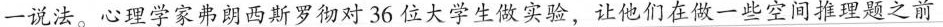
一说法。心理学家弗朗西斯罗彻对36位大学生做实验，让他们在做一些空间推理题之前